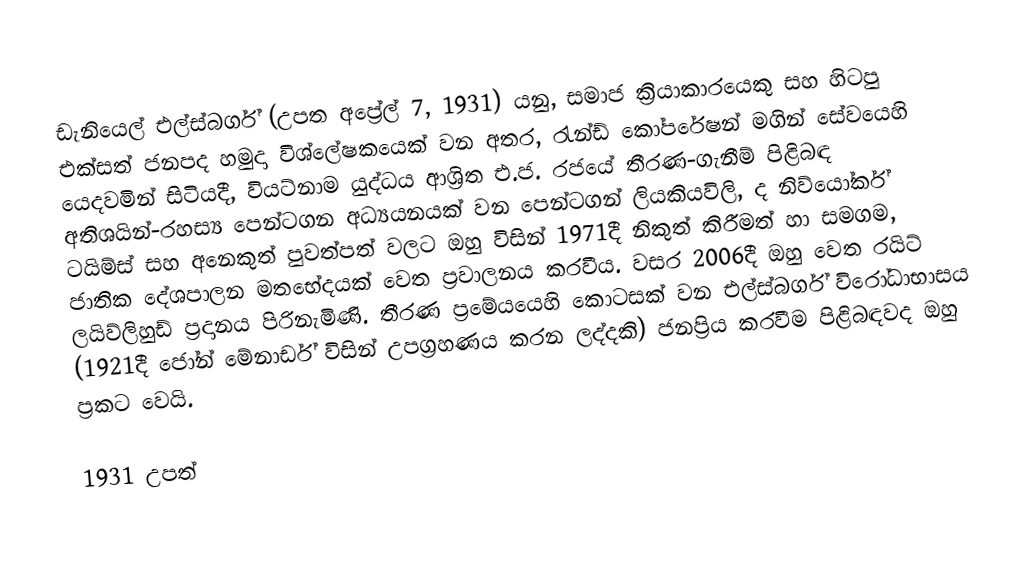
ඩැනියෙල් එල්ස්බර්ග් (උපත අප්‍රේල් 7, 1931) යනු,  සමාජ ක්‍රියාකාරයෙකු සහ හිටපු එක්සත් ජනපද හමුදා විශ්ලේෂකයෙක් වන අතර, රැන්ඩ් කෝපරේෂන් මගින් සේවයෙහි යෙදවමින් සිටියදී, වියට්නාම යුද්ධය ආශ්‍රිත එ.ජ. රජයේ තීරණ-ගැනීම් පිළිබඳ අතිශයින්-රහස්‍ය පෙන්ටගන අධ්‍යයනයක් වන පෙන්ටගන් ලියකියවිලි, ද නිව්යෝර්ක් ටයිම්ස් සහ අනෙකුත් පුවත්පත් වලට ඔහු විසින් 1971දී නිකුත් කිරීමත් හා සමගම,  ජාතික දේශපාලන මතභේදයක් වෙත ප්‍රවාලනය කරවීය. වසර 2006දී ඔහු වෙත රයිට් ලයිව්ලිහුඩ් ප්‍රදානය පිරිනැමිණි. තීරණ ප්‍රමේයයෙහි කොටසක් වන එල්ස්බර්ග් විරෝධාභාසය (1921දී ජෝන් මේනාර්ඩ් විසින් උපග්‍රහණය කරන ලද්දකි) ජනප්‍රිය කරවීම පිළිබඳවද ඔහු ප්‍රකට වෙයි.

1931 උපත්